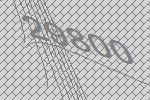
29800